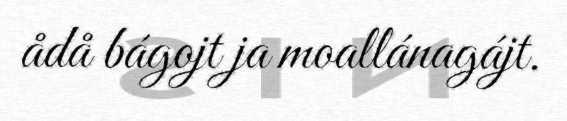
ådå bágojt ja moallánagájt.